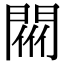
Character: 𨴟